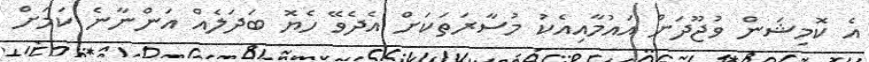
އެ ކޮމިޝަން ވުޖޫދަށް އައުމާއިއެކު މުސާރަތަކަށް އެދެވޭ ހެޔޮ ބަދަލެއް އަންނާނެ ކަމަށް